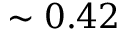
\sim 0 . 4 2